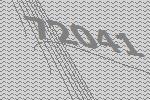
72041